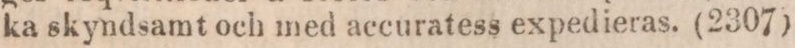
ka skyndsamt och med accuratess expedieras. (2307)